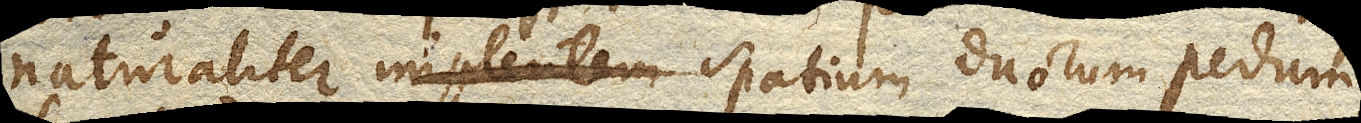
naturaliter spatium duorum pedum